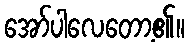
အော်ပါလေတော့၏။